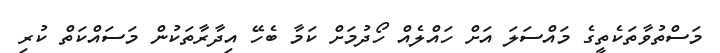
މަސްތުވާތަކެތީގެ މައްސަލަ އަށް ހައްލެއް ހޯދުމަށް ކަމާ ބެހޭ އިދާރާތަކުން މަސައްކަތް ކުރި